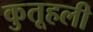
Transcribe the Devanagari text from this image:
कुतूहली